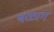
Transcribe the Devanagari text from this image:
बळाग